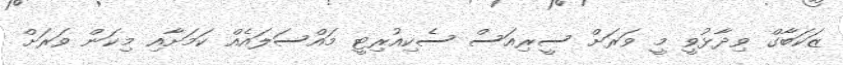
ޒަކަބާގް ވިދާޅުވީ މީ ވަރަށް ސީރިއަސް ސެކިއުރިޓީ މައްސަލައެއް ކަމަށާއި މިކަން ވަރަށް